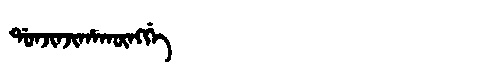
Manchu: ᡩᠣᠨᠵᡳᠨᠵᡳᡥᠠᡴᡡᠩᡤᡝ
Romanization: DONJINJIHAKŪNGGE